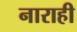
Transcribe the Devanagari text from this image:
नाराही